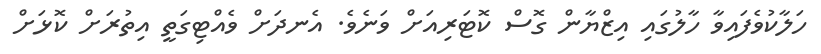
ހަލާކުވެފައިވާ ހާލުގައި އިޒްޔާން ގޮސް ކޮޓަރިއަށް ވަނެވެ. އެނދަށް ވެއްޓިގަތީ އިތުރަށް ކޮޅަށް